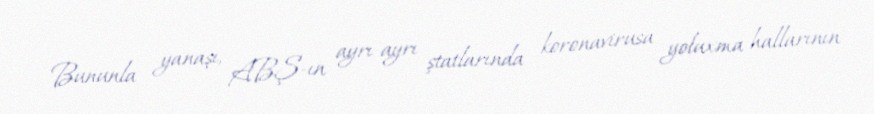
Bununla yanaşı, ABŞ-ın ayrı-ayrı ştatlarında koronavirusa yoluxma hallarının